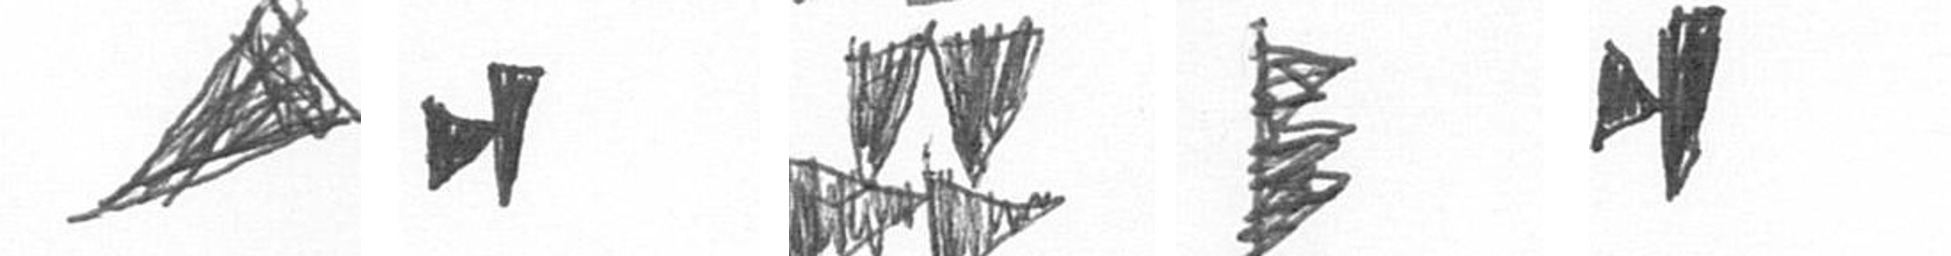
O M B H M